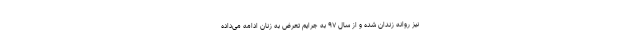
نیز روانه زندان شده و از سال ۹۷ به جرایم تعرض به زنان ادامه می‌داده